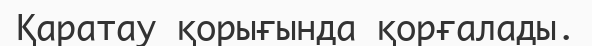
Қаратау қорығында қорғалады.